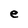
Character: e